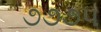
૭૭૭૫